Indian journal of veterinary science and animal husbandry - Volume 5,
Year: 1935
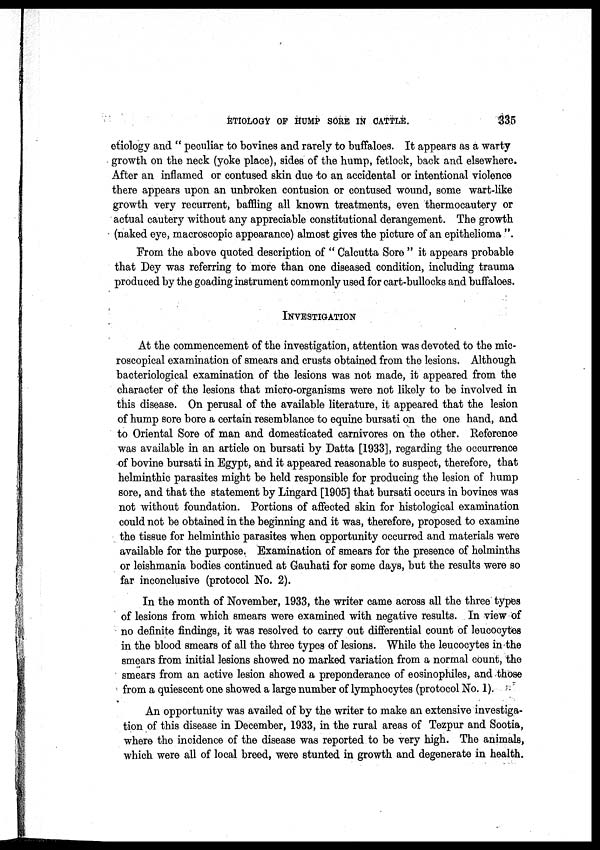
ETIOLOGY OF HUMP SORE IN CATTLE.
335
etiology and " peculiar to bovines and rarely to buffaloes. It appears as a warty
growth on the neck (yoke place), sides of the hump, fetlock, back and elsewhere.
After an inflamed or contused skin due to an accidental or intentional violence
there appears upon an unbroken contusion or contused wound, some wart-like
growth very recurrent, baffling all known treatments, even thermocautery or
actual cautery without any appreciable constitutional derangement. The growth
(naked eye, macroscopic appearance) almost gives the picture of an epithelioma ".
From the above quoted description of " Calcutta Sore " it appears probable
that Dey was referring to more than one diseased condition, including trauma
produced by the goading instrument commonly used for cart-bullocks and buffaloes.
INVESTIGATION
At the commencement of the investigation, attention was devoted to the mic-
roscopical examination of smears and crusts obtained from the lesions. Although
bacteriological examination of the lesions was not made, it appeared from the
character of the lesions that micro-organisms were not likely to be involved in
this disease. On perusal of the available literature, it appeared that the lesion
of hump sore bore a certain resemblance to equine bursati on the one hand, and
to Oriental Sore of man and domesticated carnivores on the other. Reference
was available in an article on bursati by Datta [1933], regarding the occurrence
of bovine bursati in Egypt, and it appeared reasonable to suspect, therefore, that
helminthic parasites might be held responsible for producing the lesion of hump
sore, and that the statement by Lingard [1905] that bursati occurs in bovines was
not without foundation. Portions of affected skin for histological examination
could not be obtained in the beginning and it was, therefore, proposed to examine
the tissue for helminthic parasites when opportunity occurred and materials were
available for the purpose. Examination of smears for the presence of helminths
or leishmania bodies continued at Gauhati for some days, but the results were so
far inconclusive (protocol No. 2).
In the month of November, 1933, the writer came across all the three types
of lesions from which smears were examined with negative results. In view of
no definite findings, it was resolved to carry out differential count of leucocytes
in the blood smears of all the three types of lesions. While the leucocytes in the
smears from initial lesions showed no marked variation from a normal count, the
smears from an active lesion showed a preponderance of eosinophiles, and those
from a quiescent one showed a large number of lymphocytes (protocol No. 1).
An opportunity was availed of by the writer to make an extensive investiga-
tion of this disease in December, 1933, in the rural areas of Tezpur and Sootia,
where the incidence of the disease was reported to be very high. The animals,
which were all of local breed, were stunted in growth and degenerate in health.